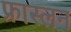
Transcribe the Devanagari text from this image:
फ्रास्लन